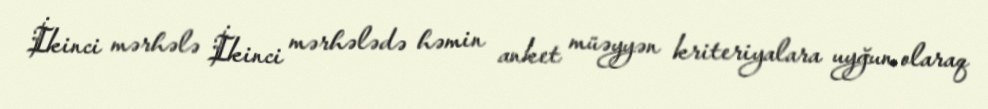
İkinci mərhələ İkinci mərhələdə həmin anket müəyyən kriteriyalara uyğun olaraq